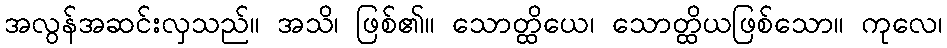
အလွန်အဆင်းလှသည်။ အသိ၊ ဖြစ်၏။ သောတ္ထိယေ၊ သောတ္ထိယဖြစ်သော။ ကုလေ၊